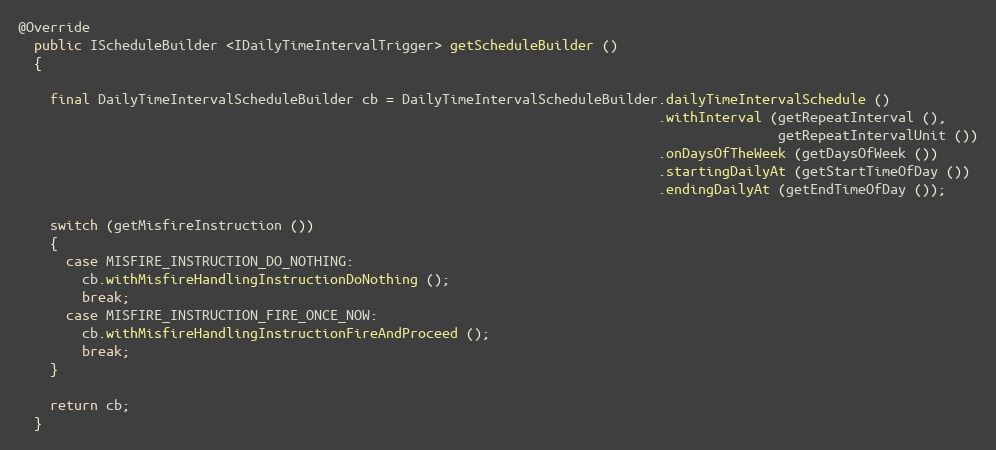
Language: Java
@Override
  public IScheduleBuilder <IDailyTimeIntervalTrigger> getScheduleBuilder ()
  {

    final DailyTimeIntervalScheduleBuilder cb = DailyTimeIntervalScheduleBuilder.dailyTimeIntervalSchedule ()
                                                                                .withInterval (getRepeatInterval (),
                                                                                               getRepeatIntervalUnit ())
                                                                                .onDaysOfTheWeek (getDaysOfWeek ())
                                                                                .startingDailyAt (getStartTimeOfDay ())
                                                                                .endingDailyAt (getEndTimeOfDay ());

    switch (getMisfireInstruction ())
    {
      case MISFIRE_INSTRUCTION_DO_NOTHING:
        cb.withMisfireHandlingInstructionDoNothing ();
        break;
      case MISFIRE_INSTRUCTION_FIRE_ONCE_NOW:
        cb.withMisfireHandlingInstructionFireAndProceed ();
        break;
    }

    return cb;
  }